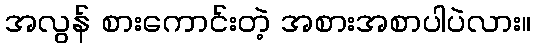
အလွန် စားကောင်းတဲ့ အစားအစာပါပဲလား။